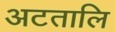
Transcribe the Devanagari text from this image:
अटतालि